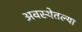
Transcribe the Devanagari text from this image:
अवस्थेतल्या